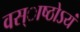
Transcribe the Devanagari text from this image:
वस्ाष्ठोऽयं